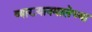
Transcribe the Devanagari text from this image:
व्याख्यानमालेच्या